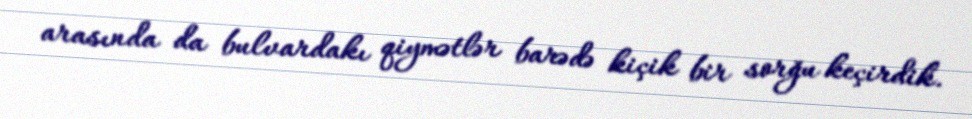
arasında da bulvardakı qiymətlər barədə kiçik bir sorğu keçirdik.